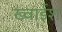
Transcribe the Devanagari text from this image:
ख्वाईश